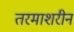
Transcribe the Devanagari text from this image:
तरमाशरीन